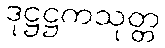
ဒုဋ္ဌဋ္ဌကသုတ္တ